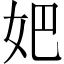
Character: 妑